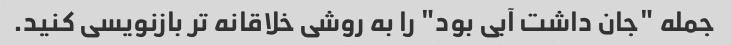
جمله "جان داشت آبی بود" را به روشی خلاقانه تر بازنویسی کنید.